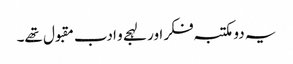
یہ دو مکتبہ فکر اور لہجے و ادب مقبول تھے۔